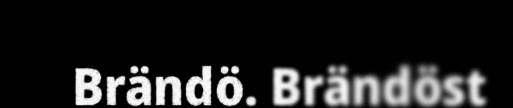
Brändö. Brändöst